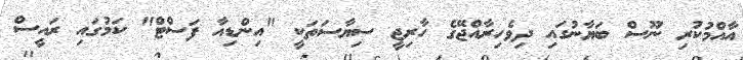
އާއްމުކުރި ނޫސް ބަޔާނުގައި ދިވެހިރާއްޖޭގެ ހާރިޖީ ސިޔާސަތަކީ "އިންޑިއާ ފަސްޓް" ކަމުގައި ރައީސް